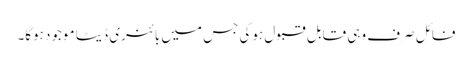
فائل صرف وہی قابل قبول ہوگی جس میں بائنری ڈیٹا موجود ہوگا۔